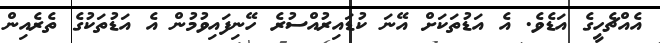
އެއްޗެހީގެ އަޑެވެ. އެ އަޑުތަކަށް އޭނަ ކުޑައިރުއްސުރެ ހޭނިފައިވުމުން އެ އަޑުތަކުގެ ތެރެއިން